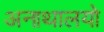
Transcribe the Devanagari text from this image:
अनाथालयो